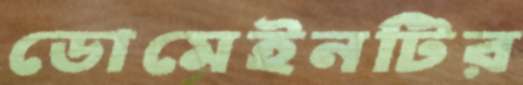
ডোমেইনটির